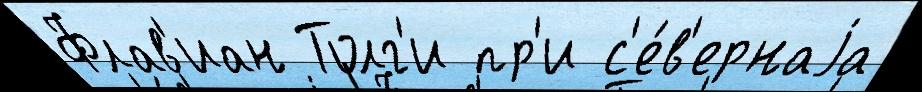
Флав'иан Толг'и пр'и с'е́в'ернаjа